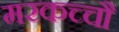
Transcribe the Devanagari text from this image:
मरकच्चौ